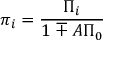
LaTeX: \pi _ { i } = \frac { \Pi _ { i } } { 1 \mp A \Pi _ { 0 } }